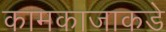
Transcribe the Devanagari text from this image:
कामकाजाकडे